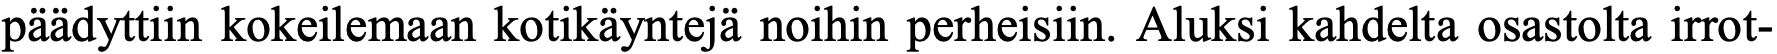
päädyttiin kokeilemaan kotikäyntejä noihin perheisiin. Aluksi kahdelta osastolta irrot-